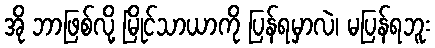
အို ဘာဖြစ်လို့ မြိုင်သာယာကို ပြန်ရမှာလဲ၊ မပြန်ရဘူး